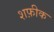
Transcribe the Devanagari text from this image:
शफ़ीक